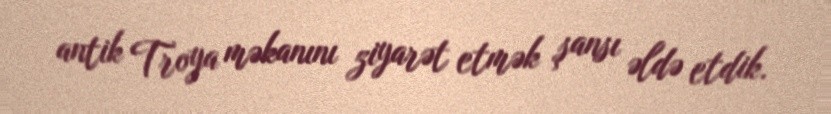
antik Troya məkanını ziyarət etmək şansı əldə etdik.